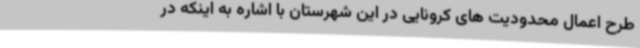
طرح اعمال محدودیت های کرونایی در این شهرستان با اشاره به اینکه در